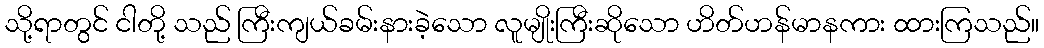
သို့ရာတွင် ငါတို့ သည် ကြီးကျယ်ခမ်းနားခဲ့သော လူမျိုးကြီးဆိုသော ဟိတ်ဟန်မာနကား ထားကြသည်။